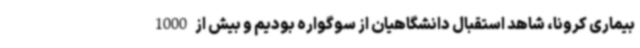
بیماری کرونا، شاهد استقبال دانشگاهیان از سوگواره بودیم و بیش از 1000